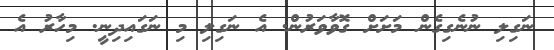
ނަގިލި ނުނެގިގެން މަށަށް ގޮވާވަރުން. އެ ނަގިލި މި ނަގައިދިނީ. މިހާރު އެ